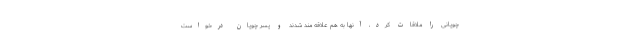
چوپانی را ملاقات کرد، آنها به هم علاقه مند شدند و پسر چوپان درخواست